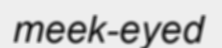
meek-eyed